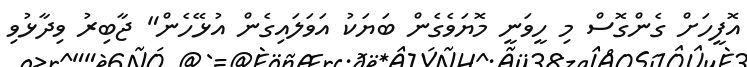
އޮފީހަށް ގެންގޮސް މި ހީވަނީ މޮޔަވެގެން ބަޔަކު އަވަލައިގެން އުޅޭހެން" ޖާބިރު ވިދާޅުވި